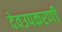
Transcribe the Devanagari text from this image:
देवउपकरणी